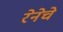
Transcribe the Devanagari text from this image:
रेनेचे